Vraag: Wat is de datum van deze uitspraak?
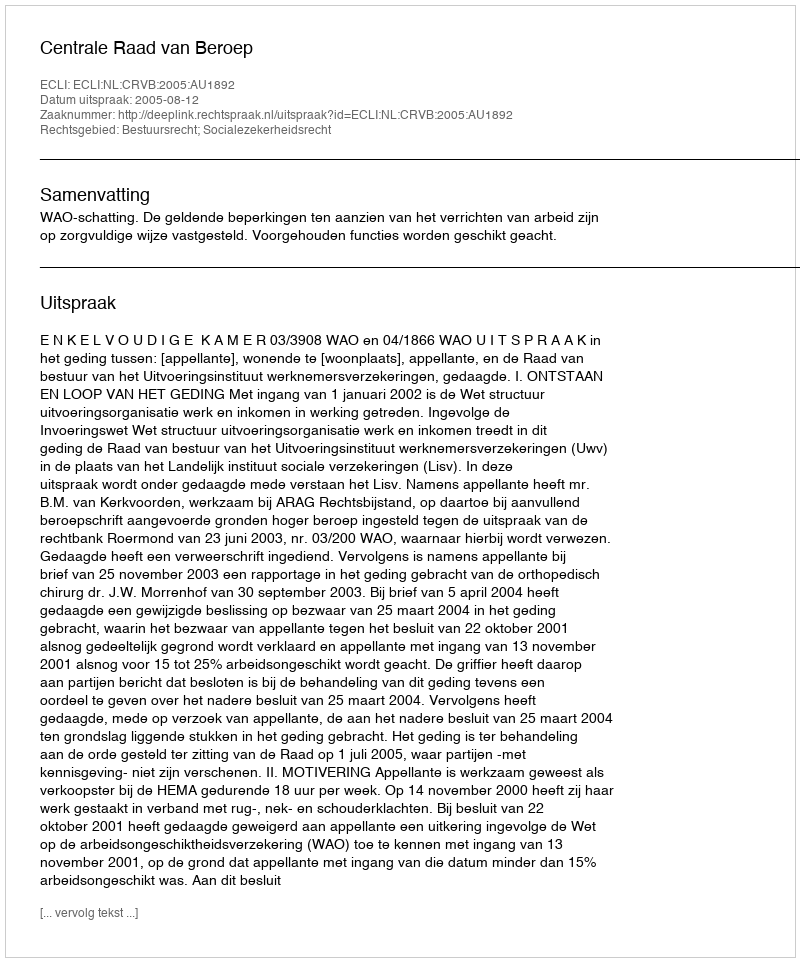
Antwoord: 2005-08-12